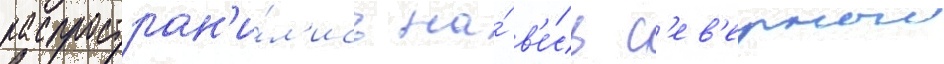
распростран'и́л'ись на́ в'е́сь с'ев'ерныи